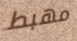
مهبط